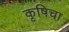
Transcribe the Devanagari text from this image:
कृषिचा